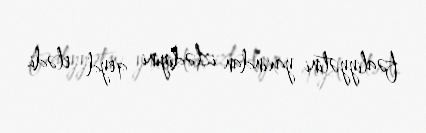
fəaliyyətini yaxından izlədiyini qeyd elədi.